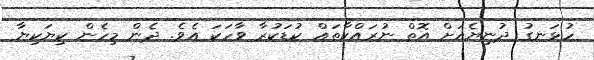
ހުޅަނގު ދުނިޔެއަށް އޮތް ނުރައްކާތައް ކުޑަކުރާ ވާހަކަ އެވެ. ދެން މިހެން ކިޔަކިޔާ